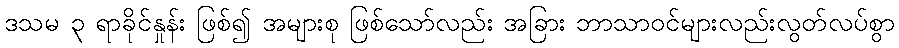
ဒသမ ၃ ရာခိုင်နှုန်း ဖြစ်၍ အများစု ဖြစ်သော်လည်း အခြား ဘာသာဝင်များလည်းလွတ်လပ်စွာ